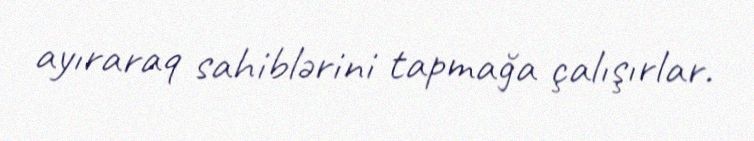
ayıraraq sahiblərini tapmağa çalışırlar.